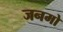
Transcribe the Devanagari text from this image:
जनमो